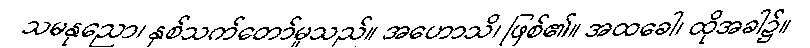
သမနုညော၊ နှစ်သက်တော်မူသည်။ အဟောသိ၊ ဖြစ်၏။ အထခေါ၊ ထိုအခါ၌။